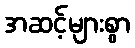
အဆင့်များစွာ